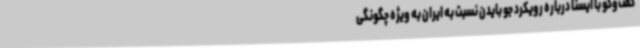
گفت‌وگو با ایسنا درباره رویکرد جو بایدن نسبت به ایران به ویژه چگونگی